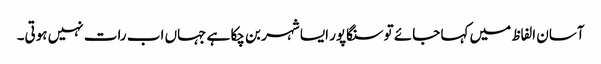
آسان الفاظ میں کہا جائے تو سنگاپور ایسا شہر بن چکا ہے جہاں اب رات نہیں ہوتی۔